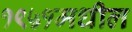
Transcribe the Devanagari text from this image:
१९५१मधील